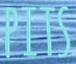
PITS